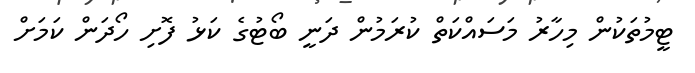
ޓީމުތަކުން މިހާރު މަސައްކަތް ކުރަމުން ދަނީ ބޯޓުގެ ކަޅު ފޮށި ހޯދަން ކަމަށް